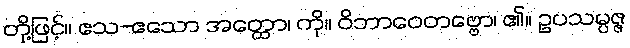
တို့ဖြင့်။ ဧသ-ဧသော အတ္ထော၊ ကို။ ဝိဘာဝေတဗ္ဗော၊ ၏။ ဥပသမ္ပဇ္ဇ